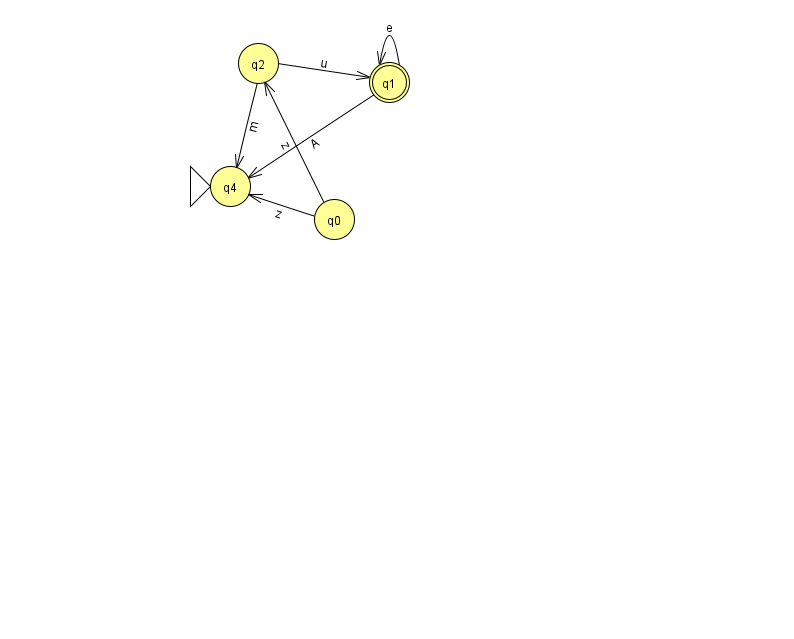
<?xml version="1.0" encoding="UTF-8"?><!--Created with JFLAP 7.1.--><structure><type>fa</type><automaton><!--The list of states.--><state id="0" name="q0"><x>334.0</x><y>206.0</y></state><state id="1" name="q1"><x>389.0</x><y>69.0</y><final/></state><state id="2" name="q2"><x>258.0</x><y>50.0</y></state><state id="4" name="q4"><x>230.0</x><y>173.0</y><initial/></state><!--The list of transitions.--><transition><from>2</from><to>1</to><read>u</read></transition><transition><from>1</from><to>4</to><read>A</read></transition><transition><from>1</from><to>1</to><read>e</read></transition><transition><from>0</from><to>2</to><read>z</read></transition><transition><from>2</from><to>4</to><read>m</read></transition><transition><from>0</from><to>4</to><read>z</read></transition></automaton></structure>